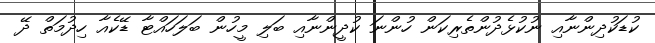
ކުޑަކުދިންނާއި ނުކުޅެދުންތެރިކަން ހުންނަ ކުދީންނާއި ބަލި މީހުން ބަލަހައްޓާ ޑޭކެއާ ހިދުމަތް ދޭ